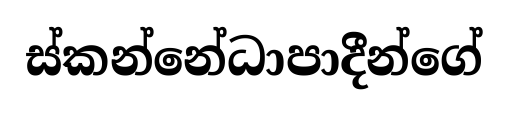
ස්කන්නේධාපාදීන්ගේ